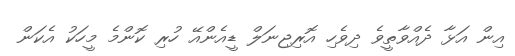
އިން އަޅާ ދެއްވާތީވެ ދިވެހި އޮރިޖިނަލް ޑީއެންއޭ ހުރި ކޮންމެ މީހަކު އެކަން